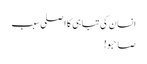
انسان کی تباہی کا اصلی سبب
صاحبو!